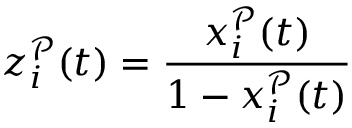
z _ { i } ^ { \mathcal { P } } ( t ) = \frac { x _ { i } ^ { \mathcal { P } } ( t ) } { 1 - x _ { i } ^ { \mathcal { P } } ( t ) }